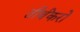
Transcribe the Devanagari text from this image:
तीर्थंकरो